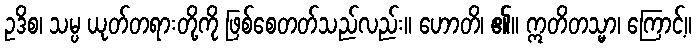
ဥဒိစ၊ သမ္ပ ယုတ်တရားတို့ကို ဖြစ်စေတတ်သည်လည်း။ ဟောတိ၊ ၏။ ဣတိတသ္မာ၊ ကြောင့်။